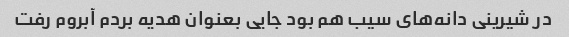
در شیرینی دانه‌های سیب هم بود جایی بعنوان هدیه بردم آبروم رفت